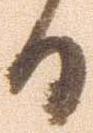
日